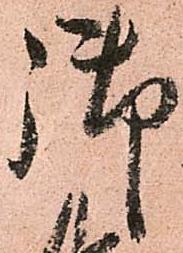
御